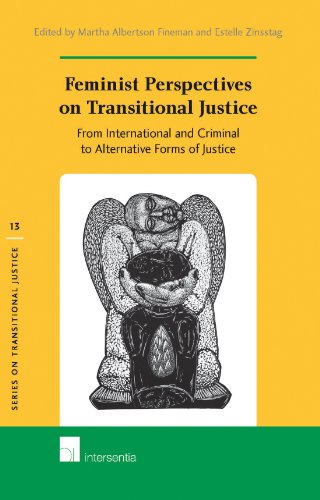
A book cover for Feminist Perspectives on Transitional Justice: From International and Criminal to Alternative Forms of Justice (Series on Transitional Justice); Law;